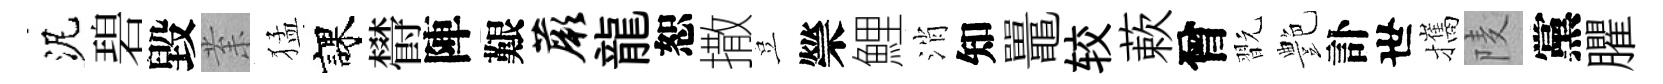
泥碧毀𭪙猛課欎陣艱蕨龍恕撒豈禜鯉消知鼉较蔌曾翫艶訃世攜𨹧黨臞